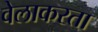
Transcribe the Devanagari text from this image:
वेलाकरता